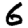
Digit: 6